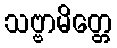
သဗ္ဗာမိတ္တေ